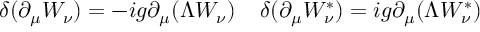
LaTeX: \delta ( \partial _ { \mu } W _ { \nu } ) = - i g \partial _ { \mu } ( \Lambda W _ { \nu } ) \; \; \; \; \delta ( \partial _ { \mu } W _ { \nu } ^ { \ast } ) = i g \partial _ { \mu } ( \Lambda W _ { \nu } ^ { \ast } )